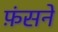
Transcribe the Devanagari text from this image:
फ़ंसने